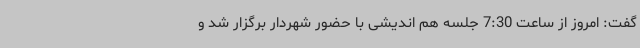
گفت: امروز از ساعت 7:30 جلسه هم اندیشی با حضور شهردار برگزار شد و